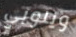
ويلوبي